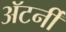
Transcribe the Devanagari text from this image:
अॅटर्नी